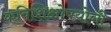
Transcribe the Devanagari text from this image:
कविशिक्षोपयोगी